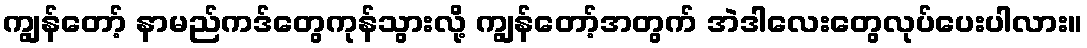
ကျွန်တော့် နာမည်ကဒ်တွေကုန်သွားလို့ ကျွန်တော့်အတွက် အဲဒါလေးတွေလုပ်ပေးပါလား။